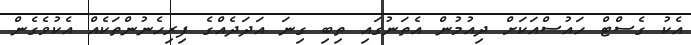
އެކު ގެސްޓް ހައުސްއަކަށް ދިއުމުން އެތަނުގައި ތިބި ގިނަ އަދަދެއްގެ ފިރިހެނުންތަކެއް އެކުވެގެން